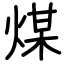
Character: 煤